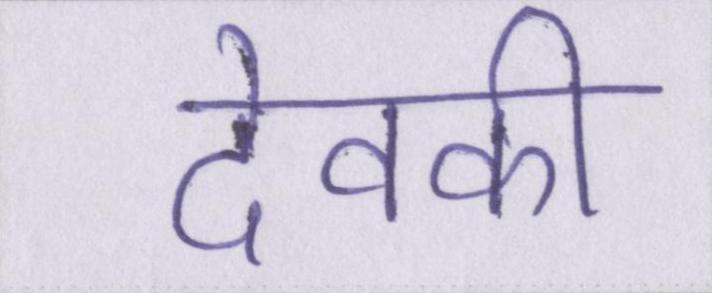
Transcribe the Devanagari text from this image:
देवकी